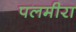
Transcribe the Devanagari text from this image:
पलमीरा